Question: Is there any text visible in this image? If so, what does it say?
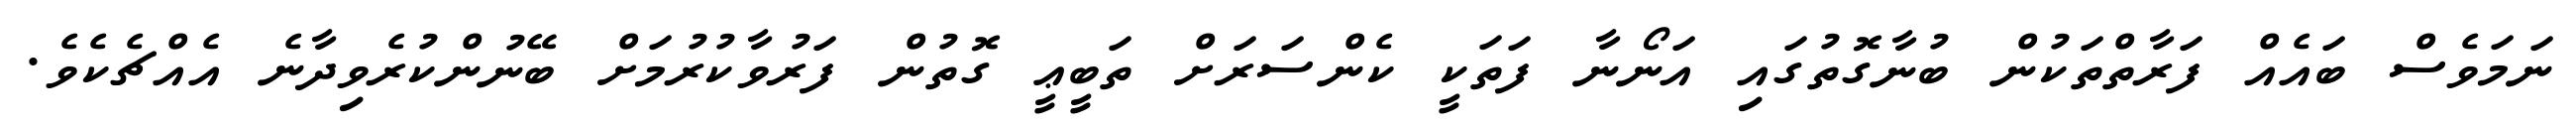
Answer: ނަމަވެސް ބައެއް ފަރާތްތަކުން ބުނާގޮތުގައި އަނޯނާ ފަތަކީ ކެންސަރަށް ތަބީޢީ ގޮތުން ފަރުވާކުރުމަށް ބޭނުންކުރެވިދާނެ އެއްޗެކެވެ.